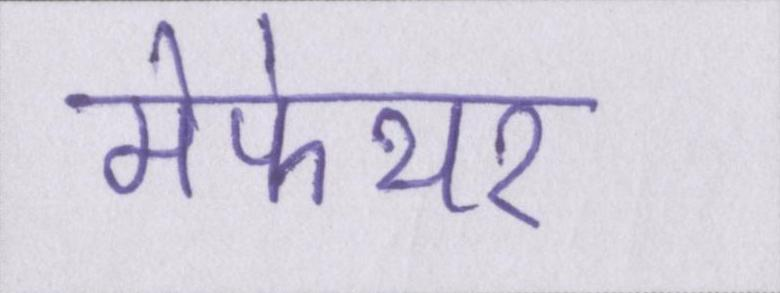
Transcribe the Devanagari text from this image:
मेफेयर